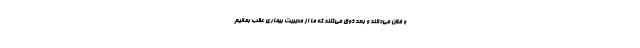
و فلان می‌دانند و بعد ذوق می‌کنند که ما از مدیریت بیماری عقب بمانیم